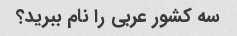
سه کشور عربی را نام ببرید؟